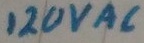
Text: 120VAC